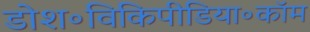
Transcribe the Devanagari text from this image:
डोश॰विकिपीडिया॰कॉम